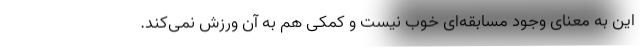
این به معنای وجود مسابقه‌ای خوب نیست و کمکی هم به آن ورزش نمی‌کند.